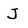
Character: j